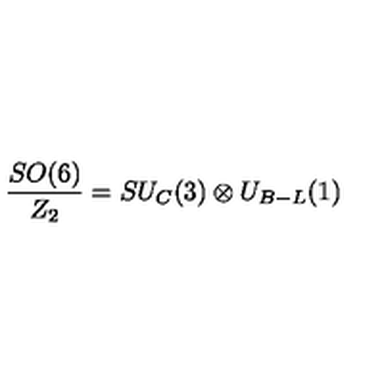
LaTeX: \frac { S O ( 6 ) } { Z _ { 2 } } = S U _ { C } ( 3 ) \otimes U _ { B - L } ( 1 )